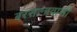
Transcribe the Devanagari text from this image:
बरसानावासी